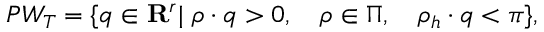
P W _ { T } = \{ q \in { \bf R } ^ { r } | \ \rho \cdot q > 0 , \quad \rho \in \Pi , \quad \rho _ { h } \cdot q < \pi \} ,